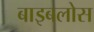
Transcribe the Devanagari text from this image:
बाइबलोस